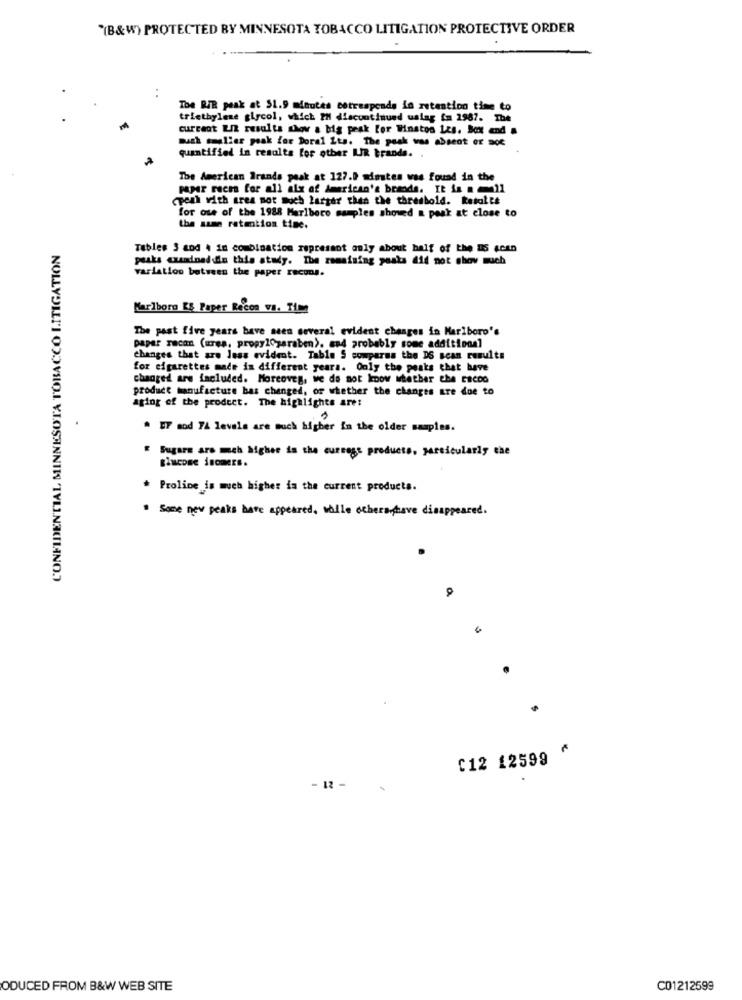
"(B&W) PROTECTED BY MINNESOTA TOBACCO LITIGATION PROTECTIVE ORDER
..
The RIR peak at $1.9 minutes corresponds in retention time to
triethylene glycol, which IM discontinued uslag fa 2987. The
current En results show a big prak for Winston Les. Box and #
much smaller peak for Doral Lts. The peak was absent or not
quantified in results for other ILIR brands. .
The American Brands peak at 127.9 minutes was found in the
paper reem for all aix of American's brands. It is all
cpeah with ares not much larger then the threshold. Retalte
for ose of the 1988 Marlboro samples shoved a peak at close to
the same retention time.
CONFIDENTIAL MINNESOTA TOBACCO LITIGATION
Tables 3 aod 4 in combination represant only about half of the DS 4cen
peaks cuandoedin this study. The remaining peaks did not chov much
variation between the paper recons.
Marlboro ES Paper Recon vs. Time
The past five years bave seen several evident changes in Marlboro's
paper recan (ures, propylparaben). and probably some additional
changes that are less evident. Table S compares the DS scan results
for cigarettes made in different years. Only the peaks that have
changed are included. Morcoves, we do not know whether the cacod
produce manufacture bas changed, or whether the changes are doe to
aging of the product. The highlights are:
.
. ET mod 74 levels are much higher in the older samples.
" Sugars are much higher is the cursese products, particularly che
* Proline is much higher ia the current products.
* Some new peaks have appeared, while othershave disappeared.
a
C12 12599
- 12 -
ODUCED FROM B&W WEB SITE
C01212599